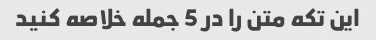
این تکه متن را در 5 جمله خلاصه کنید